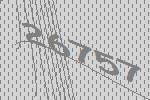
26757